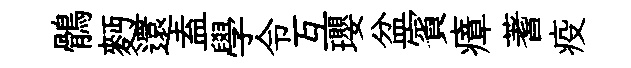
鶻麪還盍學令互瓔盆賓瘴蓍疫